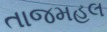
તાજમહલ